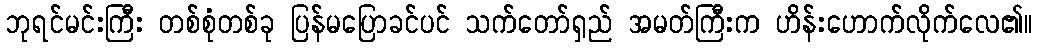
ဘုရင်မင်းကြီး တစ်စုံတစ်ခု ပြန်မပြောခင်ပင် သက်တော်ရှည် အမတ်ကြီးက ဟိန်းဟောက်လိုက်လေ၏။